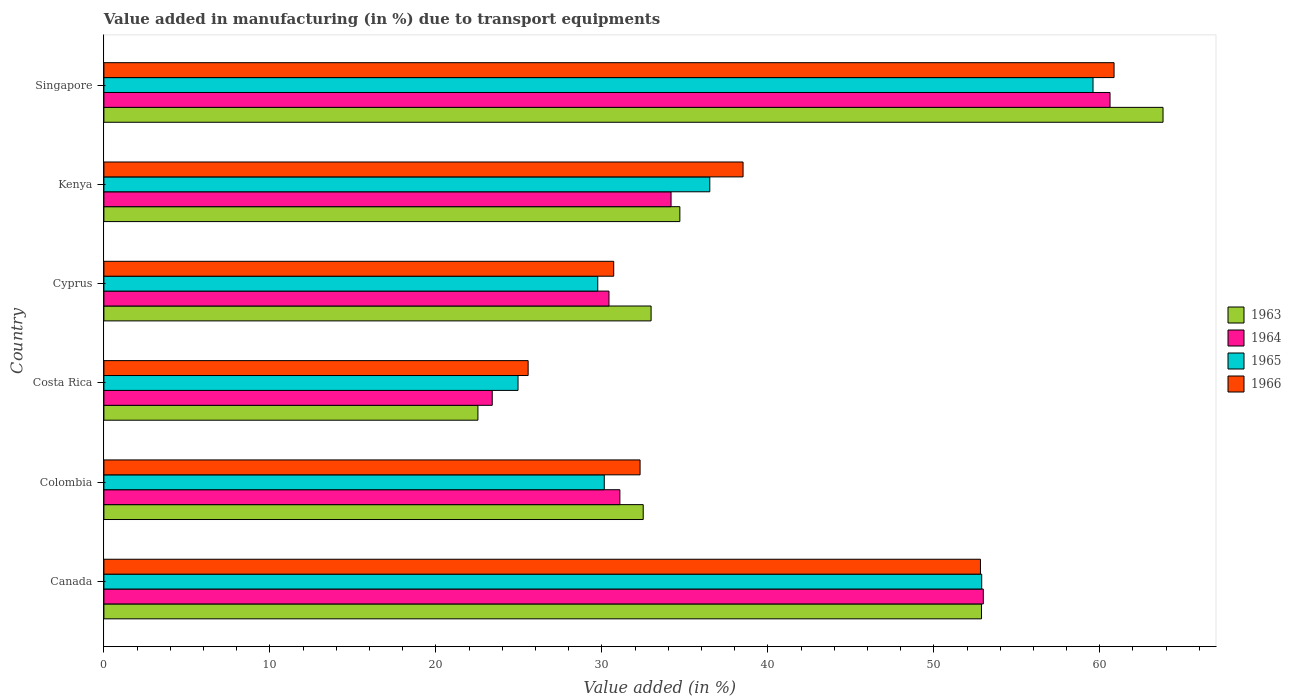
| Country | 1963 | 1964 | 1965 | 1966 |
 | --- | --- | --- | --- | --- |
 | Canada | 52.9 | 53 | 52.9 | 52.8 |
 | Colombia | 32.5 | 31.1 | 30.1 | 32.3 |
 | Costa Rica | 22.5 | 23.4 | 25 | 25.6 |
 | Cyprus | 33 | 30.4 | 29.8 | 30.7 |
 | Kenya | 34.7 | 34.2 | 36.5 | 38.5 |
 | Singapore | 63.8 | 60.6 | 59.6 | 60.9 |